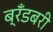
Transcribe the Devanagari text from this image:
ब्रँडबरी